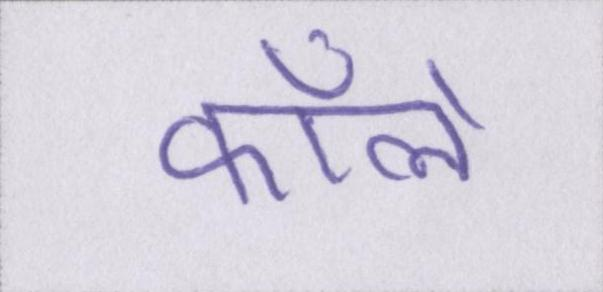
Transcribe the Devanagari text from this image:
कॉलें